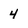
Character: 4